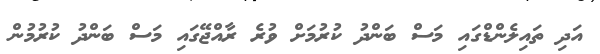
އަދި ތައިލެންޑްގައި މަސް ބަންދު ކުރުމަށް ވުރެ ރާއްޖޭގައި މަސް ބަންދު ކުރުމުން